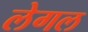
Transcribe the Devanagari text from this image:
लेगल